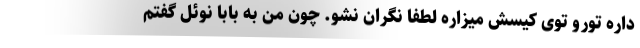
داره تورو توی کیسش میزاره لطفا نگران نشو. چون من به بابا نوئل گفتم